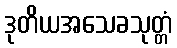
ဒုတိယအသေခသုတ္တံ